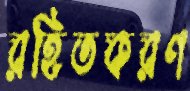
রহিতকরণ